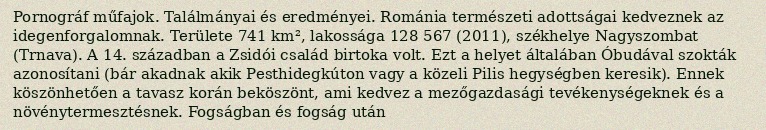
Pornográf műfajok. Találmányai és eredményei. Románia természeti adottságai kedveznek az idegenforgalomnak. Területe 741 km², lakossága 128 567 (2011), székhelye Nagyszombat (Trnava). A 14. században a Zsidói család birtoka volt. Ezt a helyet általában Óbudával szokták azonosítani (bár akadnak akik Pesthidegkúton vagy a közeli Pilis hegységben keresik). Ennek köszönhetően a tavasz korán beköszönt, ami kedvez a mezőgazdasági tevékenységeknek és a növénytermesztésnek. Fogságban és fogság után